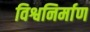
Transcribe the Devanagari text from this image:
विश्वनिर्माण